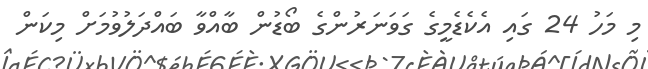
މި މަހު 24 ގައި އެކެޑެމީގެ ގަވަނަރުންގެ ބޯޑުން ބާއްވާ ބައްދަލުވުމަށް މިކަން